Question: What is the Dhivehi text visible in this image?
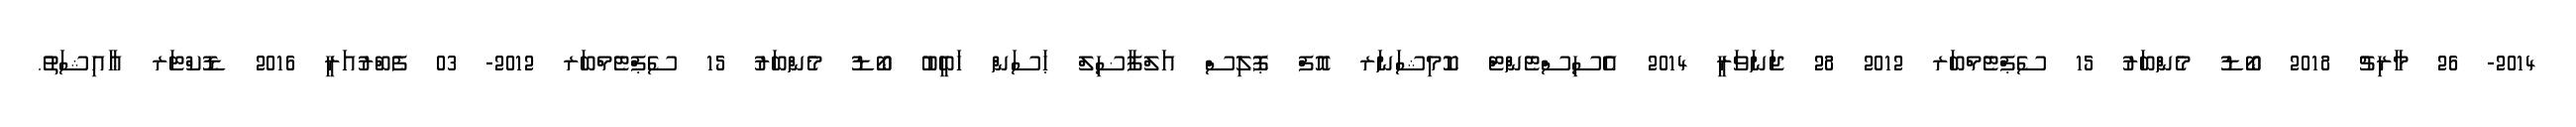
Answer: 2014- 26 މާރިޗު 2018 ބޯޑު މެންބަރު 15 ސެޕްޓެމްބަރ 2012 28 ޖަނަވަރީ 2014 އެސިސްޓެންޓް ކޮމިޝަނަރ އޮފް ޕޮލިސް އަލްފާޟިލް ޙަސަން ހަބީބު ބޯޑު މެންބަރު 15 ސެޕްޓެމްބަރ 2012- 03 ފެބްރުއަރީ 2016 ޑޮކްޓަރ ޢާއިޝަތު.